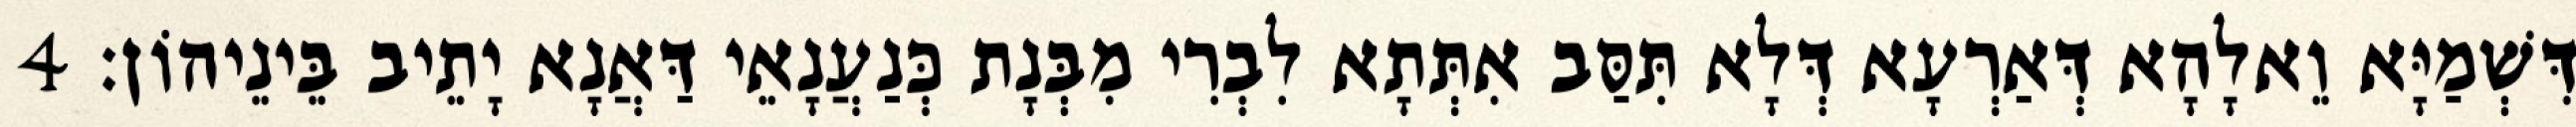
דִּשְׁמַיָּא וֵאלָהָא דְּאַרְעָא דְּלָא תִּסַּב אִתְּתָא לִבְרִי מִבְּנָת כְּנַעֲנָאֵי דַּאֲנָא יָתֵיב בֵּינֵיהוֹן׃ 4